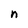
Character: n